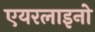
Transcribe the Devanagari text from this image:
एयरलाइनो